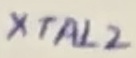
Text: XTAL2